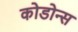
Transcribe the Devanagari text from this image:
कोडोन्स